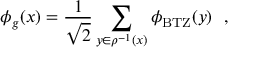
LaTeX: \phi _ { g } ( x ) = { \frac { 1 } { \sqrt { 2 } } } \sum _ { y \in \rho ^ { - 1 } ( x ) } \phi _ { \mathrm { { B T Z } } } ( y ) \ \ ,